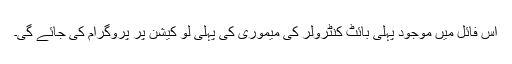
اس فائل میں موجود پہلی بائٹ کنٹرولر کی میموری کی پہلی لو کیشن پر پروگرام کی جائے گی۔